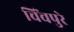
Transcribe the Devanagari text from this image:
चिंचपुरे